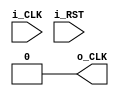
module pc2
(
    input i_CLK,
    input i_RST,
    output reg o_CLK
);
    initial begin
        o_CLK = 0;
    end

endmodule